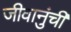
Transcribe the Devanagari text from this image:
जीवानुंची